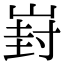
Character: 崶